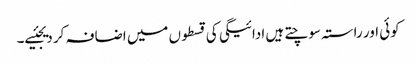
کوئی اور راستہ سوچتے ہیں ادائیگی کی قسطوں میں اضافہ کر دیجئیے۔